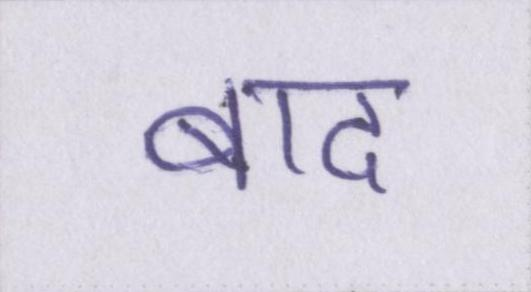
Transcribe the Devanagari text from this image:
बाद